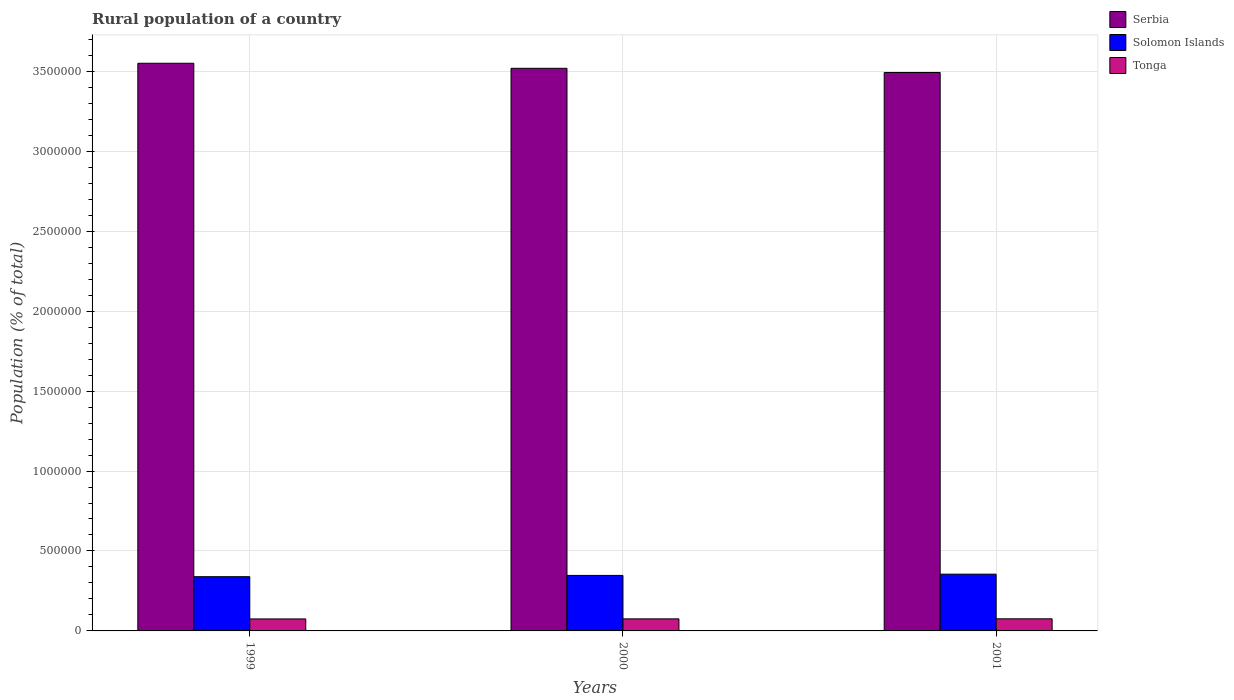
| Years | Serbia | Solomon Islands | Tonga |
 | --- | --- | --- | --- |
 | 1999 | 3.55e+06 | 3.39e+05 | 7.5e+04 |
 | 2000 | 3.52e+06 | 3.47e+05 | 7.54e+04 |
 | 2001 | 3.49e+06 | 3.55e+05 | 7.58e+04 |